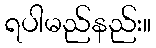
ရပါမည်နည်း။